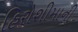
હિરોશીમાની